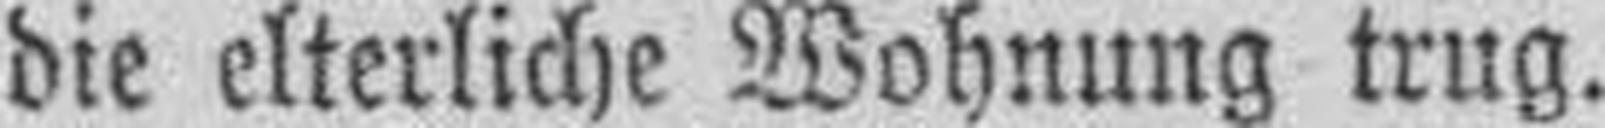
die elterliche Wohnung trug.